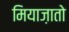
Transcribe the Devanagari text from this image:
मियाज़ातो